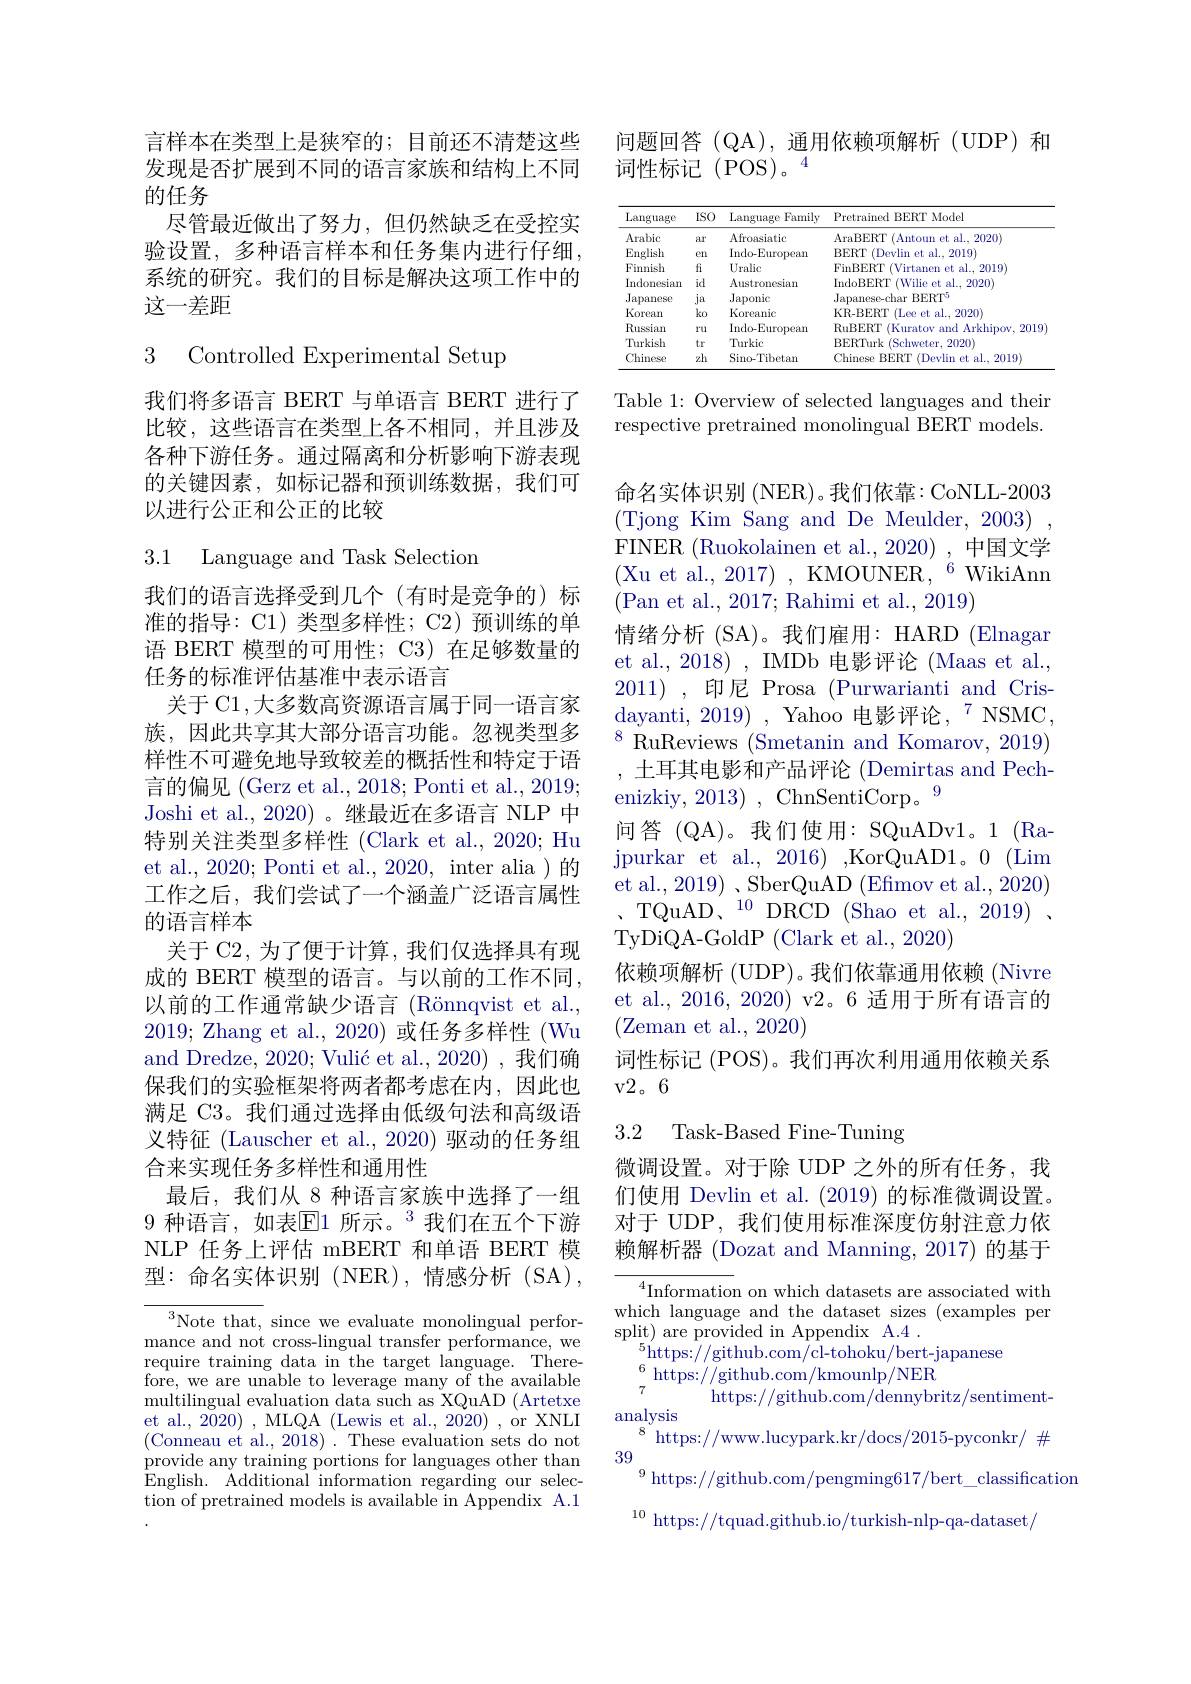
言样本在类型上是狭窄的；目前还不清楚这些发现是否扩展到不同的语言家族和结构上不同的任务
尽管最近做出了努力，但仍然缺乏在受控实验设置，多种语言样本和任务集内进行仔细， 系统的研究。我们的目标是解决这项工作中的这一差距

3 Controlled Experimental Setup

我们将多语言 BERT 与单语言 BERT 进行了比较，这些语言在类型上各不相同，并且涉及各种下游任务。通过隔离和分析影响下游表现的关键因素，如标记器和预训练数据，我们可以进行公正和公正的比较

3.1 Language and Task Selection

我们的语言选择受到几个(有时是竞争的)标准的指导：C1) 类型多样性；C2) 预训练的单语 BERT 模型的可用性；C3)在足够数量的任务的标准评估基准中表示语言
关于 C1 ,大多数高资源语言属于同一语言家族，因此共享其大部分语言功能。忽视类型多样性不可避免地导致较差的概括性和特定于语言的偏见 (Gerz et al., 2018; Ponti et al., 2019) Joshi et al.,2020)。继最近在多语言 NLP 中特别关注类型多样性 (Clark et al., 2020; Hu et al., 2020; Ponti et al., 2020, inter alia )的工作之后，我们尝试了一个涵盖广泛语言属性的语言样本
关于 C2, 为了便于计算，我们仅选择具有现成的 BERT 模型的语言。与以前的工作不同， 以前的工作通常缺少语言 (Rönnqvist et al., 2019; Zhang et al., 2020) 或任务多样性 (Wu and Dredze, 2020; Vulić et al., 2020) , 我们确保我们的实验框架将两者都考虑在内，因此也满足 C3。我们通过选择由低级句法和高级语义特征 (Lauscher et al., 2020) 驱动的任务组合来实现任务多样性和通用性
最后，我们从 8 种语言家族中选择了一组9 种语言，如表$\mathbb{E}$1 所示。$^{3}$我们在五个下游NLP 任务上评估 mBERT 和单语 BERT 模型：命名实体识别(NER),情感分析(SA),

$^3$Note that, since we evaluate monolingual performance and not cross-lingual transfer performance, we require training data in the target language. Therefore, we are unable to leverage many of the available multilingual evaluation data such as XQuAD (Artetxe et al., 2020) , MLQA (Lewis et al., 2020) , or XNLI (Conneau et al., 2018) . These evaluation sets do not provide any training portions for languages other than $\hat{E}$nglish. $\tilde{A}$dditional information regarding our selec- tion of pretrained models is available in Appendix A.1

问题回答(QA),通用依赖项解析(UDP)和
词性标记(POS)。4

<table>
	<tbody>
		<tr>
			<th>Language</th>
			<th>ISO</th>
			<th>Language Family</th>
			<th>Pretrained BERT Model</th>
		</tr>
		<tr>
			<td>Arabic</td>
			<td>ar</td>
			<td>Afroasiatic</td>
			<td>AraBERT (Antoun et al., 2020)</td>
		</tr>
		<tr>
			<td>English</td>
			<td>erl</td>
			<td>Indo-European</td>
			<td>BERT (Devlin et al..2019 $1i$</td>
		</tr>
		<tr>
			<td>Finnish</td>
			<td>fi</td>
			<td>Uralic</td>
			<td>FinBERT $\Gamma($Virtanen et al., 2019</td>
		</tr>
		<tr>
			<td>Indonesian</td>
			<td>id</td>
			<td>Austronesian</td>
			<td>IndoBERT (Wilie et al., 2020</td>
		</tr>
		<tr>
			<td>Japanese</td>
			<td>$1a$</td>
			<td>Japonic</td>
			<td>Japanese-char BERT$^{5}$</td>
		</tr>
		<tr>
			<td>Korean</td>
			<td>$ko$</td>
			<td>Koreanic</td>
			<td>KR-BERT $\Gamma$Lee et al..2020</td>
		</tr>
		<tr>
			<td>Russian</td>
			<td>ru</td>
			<td>Indo-European</td>
			<td>RuBERT (Kuratov and Arkhipov, 2019</td>
		</tr>
		<tr>
			<td>Turkish</td>
			<td>tr</td>
			<td>Turkic</td>
			<td>BERTurk T (Schweter, 2020)</td>
		</tr>
		<tr>
			<td>Chinese</td>
			<td>zh</td>
			<td>Sino-Tibetan</td>
			<td>Chinese BERT (Devlin et al..2019 1</td>
		</tr>
	</tbody>
</table>

Table 1: Overview of selected languages and their respective pretrained monolingual BERT models.

命名实体识别 (NER)。我们依靠：CoNLL-2003 (Tjong Kim Sang and De Meulder, 2003). FINER (Ruokolainen et al.,2020),中国文学(Xu et al., 2017) , KMOUNER, $^6$ WikiAnn (Pan et al., 2017; Rahimi et al., 2019)
情绪分析 (SA)。我们雇用：HARD (Elnagar et al., 2018) , IMDb 电影评论 (Maas et al., 2011),印尼 Prosa (Purwarianti and Crisdayanti, 2019) , Yahoo 电影评论，$^{7}$ NSMC, $^{8}$RuReviews (Smetanin and Komarov, 2019) ,土耳其电影和产品评论 (Demirtas and Pechenizkiy, 2013) , ChnSentiCorp。9
间答 (QA)。我们使用：SQuADv1。1 (Rajpurkar et al., 2016) ,KorQuAD1。0 (Lim et al., 2019) , SberQuAD (Efmov et al., 2020) TQuAD、$^{10}$DRCD(Shao et al.,2019) TyDiQA-GoldP (Clark et al., 2020)
依赖项解析 (UDP)。我们依靠通用依赖 (Nivre et al., 2016, 2020) v2。6 适用于所有语言的(Zeman et al., 2020)
词性标记 (POS)。我们再次利用通用依赖关系
v2。6

### 3.2 Task-Based Fine-Tuning

微调设置。对于除 UDP 之外的所有任务，我们使用 Devlin et al. (2019)的标准微调设置。对于 UDP, 我们使用标准深度仿射注意力依赖解析器 (Dozat and Manning, 2017) 的基于

$^4$Information on which datasets are associated with which language and the dataset sizes (examples per split) are provided in Appendix A.4 .
$^{5}$https://github.com/cl-tohoku/bert-japanese
$\begin{array}{l}{{\mathrm{mopo.//g^{1000.001/c1~00nond/bcrojo}}}}\\{{6}}\\{{7}}&{{\mathrm{https://github.com/kmounlp/NER}}}\\\end{array}$
https://github.com/dennybritz/sentiment-

analysis
$^{8}$https://www.lucypark.kr/docs/2015-pyconkr/$\#$
39
$^{9}$ https://github.com/pengming617/bert\_classification
$^{10}$ https://tquad.github.io/turkish-nlp-qa-dataset/